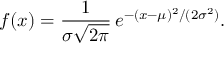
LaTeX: f ( x ) = { \frac { 1 } { \sigma { \sqrt { 2 \pi } } } } \, e ^ { - ( x - \mu ) ^ { 2 } / ( 2 \sigma ^ { 2 } ) } .